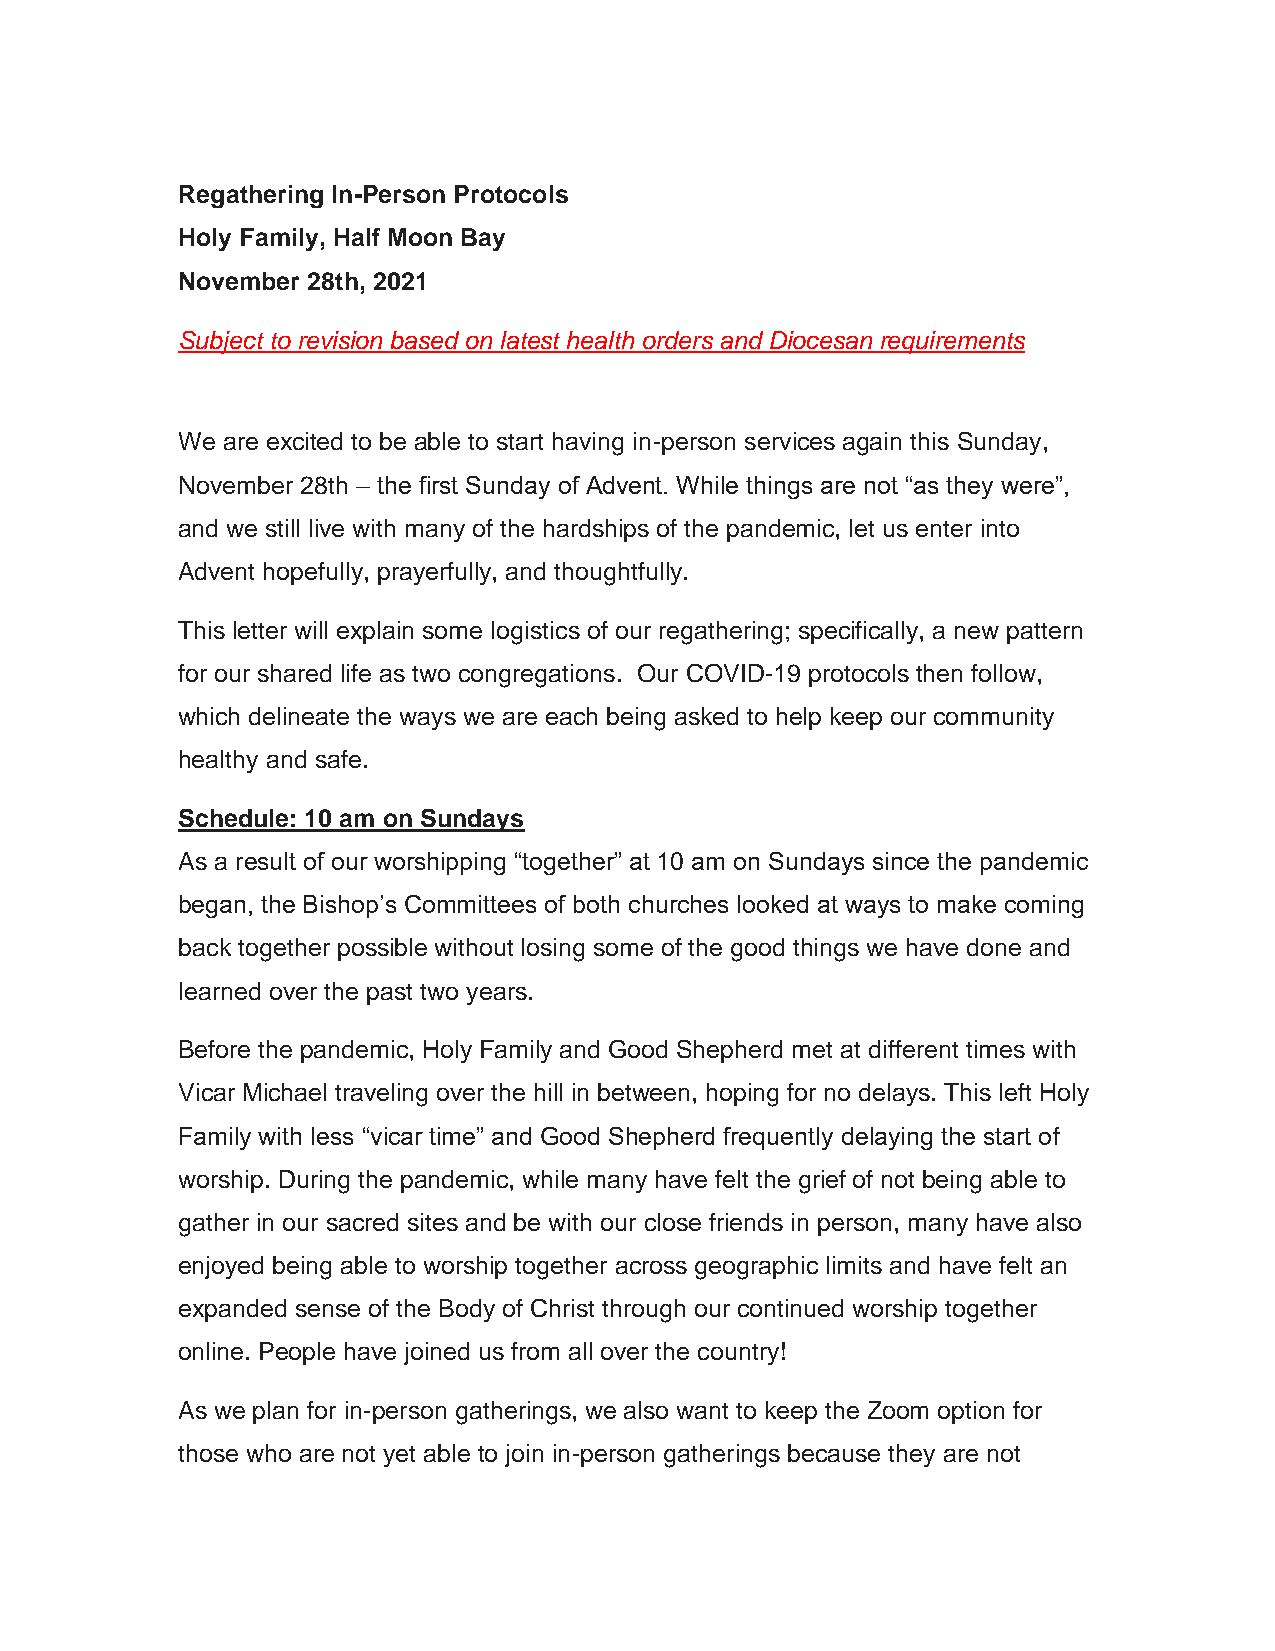
Regathering In-Person Protocols
 Holy Family, Half Moon Bay
 November 28th, 2021
 Subject to revision based on latest health orders and Diocesan requirements
 We are excited to be able to start having in-person services again this Sunday,
 November 28th – the first Sunday of Advent. While things are not “as they were”,
 and we still live with many of the hardships of the pandemic, let us enter into
 Advent hopefully, prayerfully, and thoughtfully.
 This letter will explain some logistics of our regathering; specifically, a new pattern
 for our shared life as two congregations. Our COVID-19 protocols then follow,
 which delineate the ways we are each being asked to help keep our community
 healthy and safe.
 Schedule: 10 am on Sundays
 As a result of our worshipping “together” at 10 am on Sundays since the pandemic
 began, the Bishop’s Committees of both churches looked at ways to make coming
 back together possible without losing some of the good things we have done and
 learned over the past two years.
 Before the pandemic, Holy Family and Good Shepherd met at different times with
 Vicar Michael traveling over the hill in between, hoping for no delays. This left Holy
 Family with less “vicar time” and Good Shepherd frequently delaying the start of
 worship. During the pandemic, while many have felt the grief of not being able to
 gather in our sacred sites and be with our close friends in person, many have also
 enjoyed being able to worship together across geographic limits and have felt an
 expanded sense of the Body of Christ through our continued worship together
 online. People have joined us from all over the country!
 As we plan for in-person gatherings, we also want to keep the Zoom option for
 those who are not yet able to join in-person gatherings because they are not